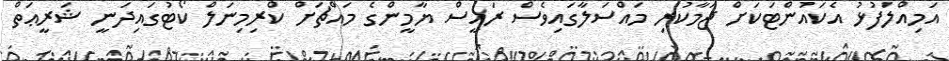
އަމިއްލަފުޅު އެކައުންޓަކަށް ޖަމާކުރި މައްސަލާގައިވެސް ރައީސް ޔާމީންގެ މައްޗަށް ކްރިމިނަލް ކޯޓުގައިދަނީ ޝަރީޢަތް